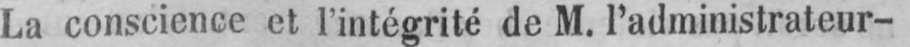
La conscience et l’intégrité de M. l’administrateur-